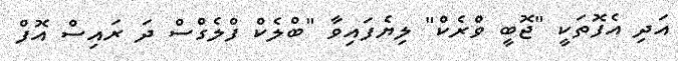
އަދި އެފޮތަކީ "ޖޮބީ ވްރެކް" ލިޔެފައިވާ "ބްލެކް ފްލެގްސް ދަ ރައިސް އޮފް